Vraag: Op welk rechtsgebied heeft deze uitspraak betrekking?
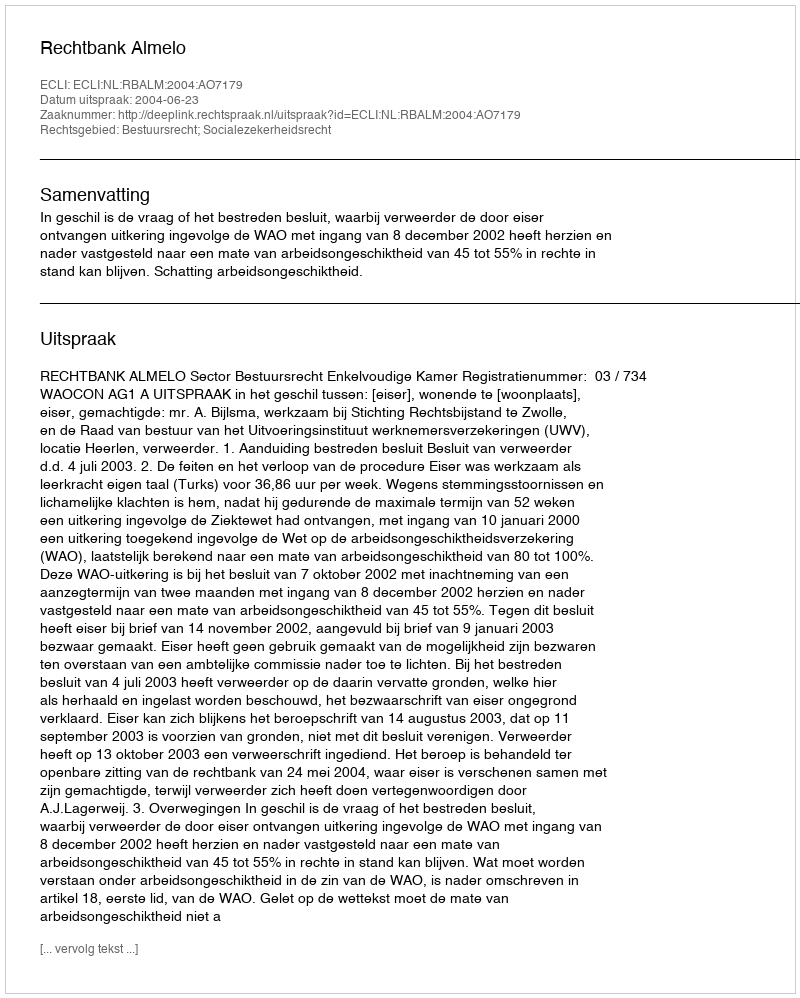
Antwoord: Bestuursrecht; Socialezekerheidsrecht